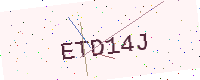
Text: ETD14J